Vaccination report Assam 1896-1927 - 1896-1927
Year: 1896
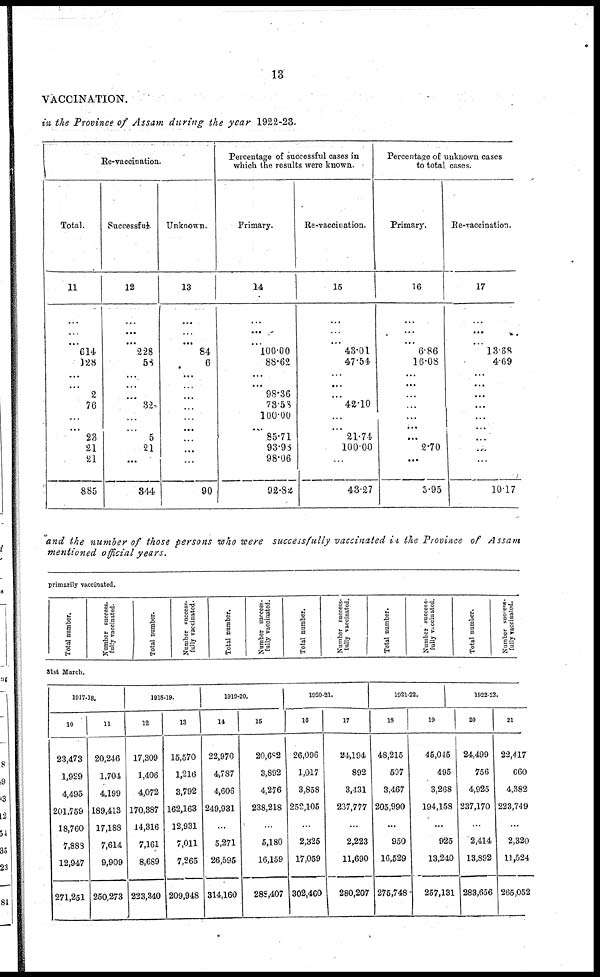
13
VACCINATION.
in the Province of Assam during the year 1922-23.
Re-vaccination.
Total.
11
...
...
...
614
128
...
...
2
76
...
...
23
21
21
885
Successful.
12
...
...
...
228
58
...
...
...
32
...
...
5
21
...
344
Unknown.
13
...
...
...
84
6
...
...
...
...
...
...
...
...
...
90
Percentage of successful cases in
which the results were known.
Primary.
14
...
...
...
100.00
88.62
...
...
98.36
73.58
100.00
...
85.71
93.93
98.06
92.82
Re-vaccination.
15
...
...
...
43.01
47.54
...
...
...
42.10
...
...
21.74
100.00
...
43.27
Percentage of unknown cases
to total cases.
Primary.
16
...
...
...
6.86
16.08
...
...
...
...
...
...
...
2.70
...
5.95
Re-vaccination.
17
...
...
...
13.68
4.69
...
...
...
...
...
...
...
...
...
10.17
and the number of those persons who were successfully vaccinated in the Province of Assam
mentioned official years.
primarily vaccinated.
Total number.
Number success-
fully vaccinated.
Total number.
Number success-
fully vaccinated.
Total number.
Number success-
fully vaccinated.
Total number.
Number success-
fully vaccinated.
Total number.
Number success-
fully vaccinated.
Total number.
Number success-
fully vaccinated.
31st March.
1917-18.
10
23,473
1,929
4,495
201,759
18,760
7,888
12,947
271,251
11
20,246
1,704
4,199
189,413
17,188
7,614
9,909
250,273
1918-19.
12
17,309
1,406
4,072
170,387
14,316
7,161
8,689
223,340
13
15,570
1,216
3,792
162,163
12,931
7,011
7,265
209,948
1919-20.
14
22,970
4,787
4,606
249,931
...
5,271
26,595
314,160
15
20,682
3,892
4,276
238,218
...
5,180
16,159
288,407
1920-21.
16
26,096
1,017
3,858
252,105
...
2,326
17,059
302,460
17
24,194
892
3,431
237,777
...
2,223
11,690
280,207
1921-22.
18
48,215
597
3,467
205,990
...
950
16,529
275,748
19
45,045
495
3,268
194,158
...
925
13,240
257,131
1922-23.
20
24,499
756
4,925
237,170
...
2,414
13,892
283,656
21
22,417
660
4,382
223,749
...
2,320
11,524
265,052